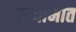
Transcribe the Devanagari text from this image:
राजाभात